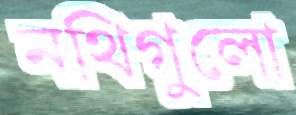
নথিগুলো